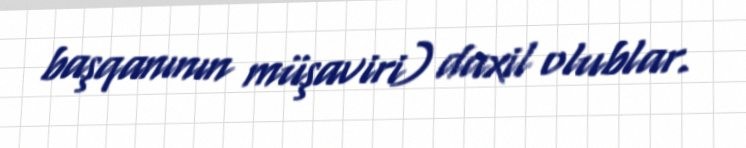
başqanının müşaviri) daxil olublar.